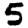
Digit: 5